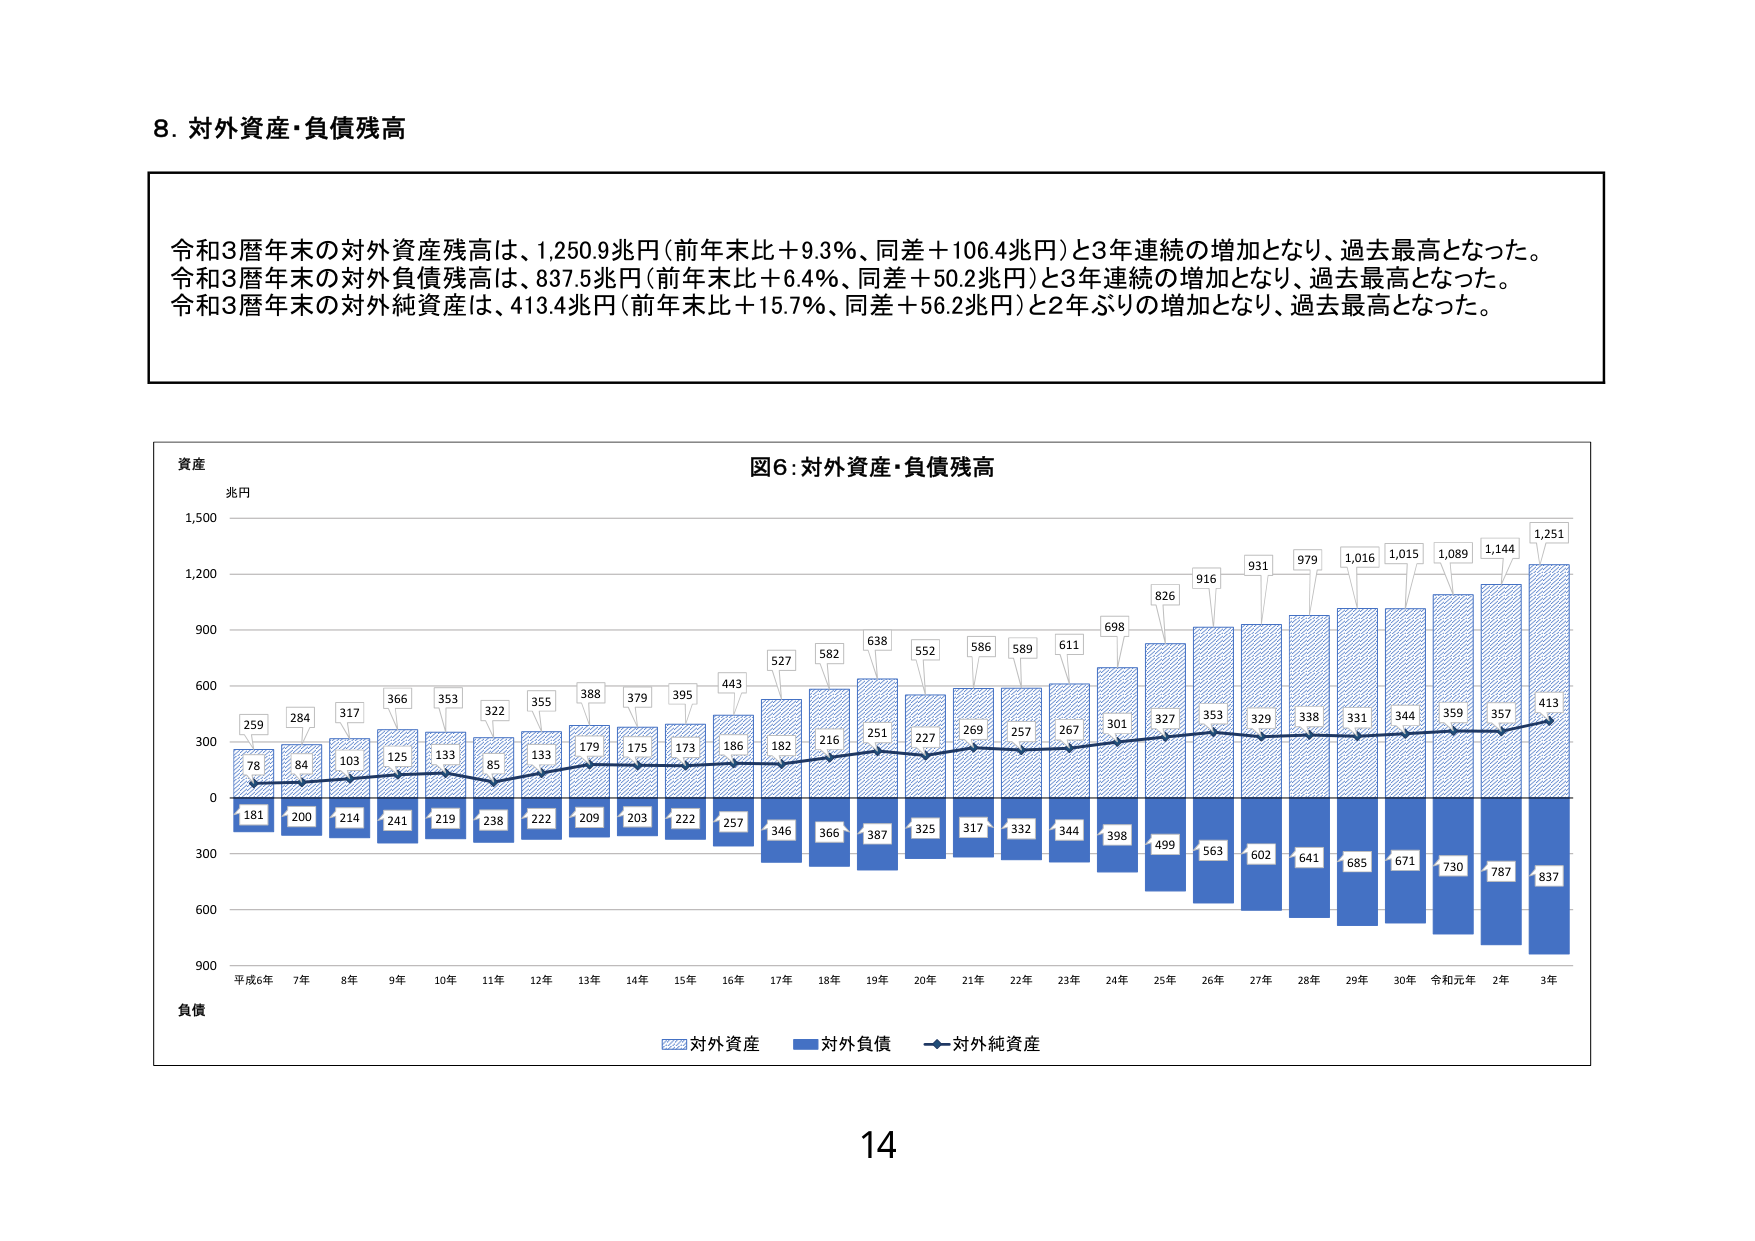
8. 対外資産・負債残高

令和3暦年末の対外資産残高は、1,250.9兆円（前年末比＋9.3％、同差＋106.4兆円）と3年連続の増加となり、過去最高となった。
令和3暦年末の対外負債残高は、837.5兆円（前年末比＋6.4％、同差＋50.2兆円）と3年連続の増加となり、過去最高となった。
令和3暦年末の対外純資産は、413.4兆円（前年末比＋15.7％、同差＋56.2兆円）と2年ぶりの増加となり、過去最高となった。

図6：対外資産・負債残高

資産
兆円
1,500
1,200
900
600
300
0
300
600
900
負債

平成6年 7年 8年 9年 10年 11年 12年 13年 14年 15年 16年 17年 18年 19年 20年 21年 22年 23年 24年 25年 26年 27年 28年 29年 30年 令和元年 2年 3年

259
284
317
366
353
322
355
388
379
395
443
527
582
638
552
586
589
611
698
826
916
931
979
1,016
1,015
1,089
1,144
1,251

78
84
103
125
133
85
133
179
175
173
186
182
216
251
227
269
257
267
301
327
353
329
338
331
344
359
357
413

181
200
214
241
219
238
222
209
203
222
257
346
366
387
325
317
332
344
398
499
563
602
641
685
671
730
787
837

対外資産
対外負債
対外純資産

14